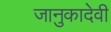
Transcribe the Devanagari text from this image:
जानुकादेवी